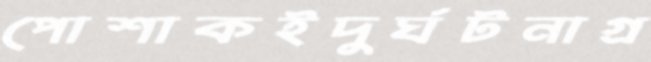
পোশাকইদুর্ঘটনাগ্র